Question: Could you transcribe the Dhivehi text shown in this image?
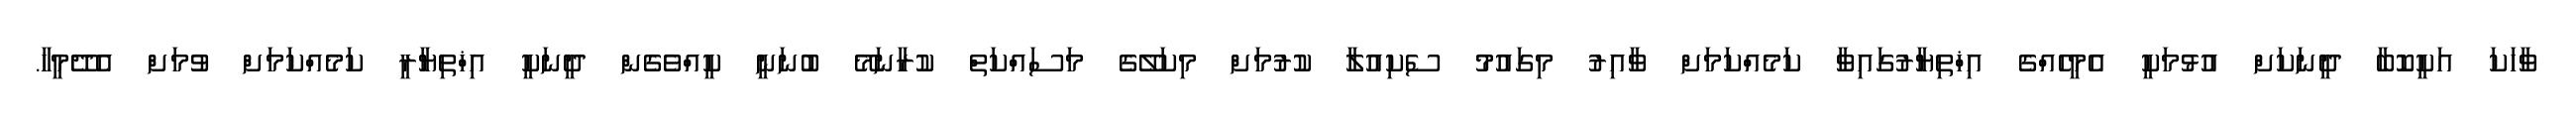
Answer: ވާހަކަ އަކީކޮބާ ދީނަކަށް އުޅުމަކީ އެމީހެއްގެ އިޚްތިޔާރުގައިވާ ކަމެއްކަމަށް ވާއިރު މިގައުމު ސެކިއުލާ ކުރުމަށް މިކަލޭގެ މަސައްކަތް ކުރާނަމޭ ބުނަނީ ކީއްވެގެން ދީނަކީ އިޚްތިޔާރީ ކަމެއްކަމަށް ވުމަށް އެދޭމީހާ.